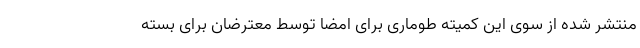
منتشر شده از سوی این کمیته طوماری برای امضا توسط معترضان برای بسته